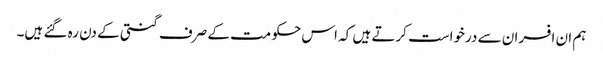
ہم ان افسران سے درخواست کرتے ہیں کہ اس حکومت کے صرف گنتی کے دن رہ گئے ہیں۔